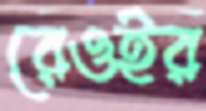
রেওইর